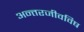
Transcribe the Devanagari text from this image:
अन्तरजीवविष